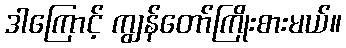
ဒါကြောင့် ကျွန်တော်ကြိုးစားမယ်။